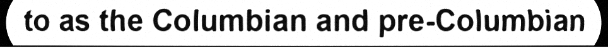
to as the Columbian and pre-Columbian